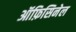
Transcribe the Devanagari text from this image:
ऑफ़िसिनेल